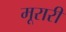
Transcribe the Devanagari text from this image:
मूरारी